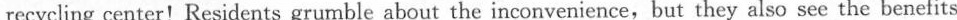
recycling center!Residents grumble about the inconvenience,but they also see the benefits